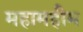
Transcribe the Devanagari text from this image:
महामहीम